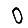
Digit: 0